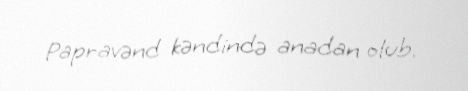
Papravənd kəndində anadan olub.